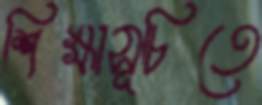
শিক্ষাসূচিতে